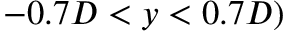
- 0 . 7 D < y < 0 . 7 D )